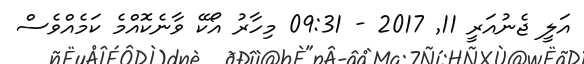
އަލީ ޖެނުއަރީ 11